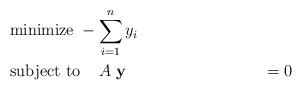
LaTeX: \begin{align*}& \mbox{minimize} \; -\sum_{i=1}^n y_i \\& \mbox{subject to} \; \; \; \; \displaystyle{A \; \mathbf{y}} & = 0 \end{align*}